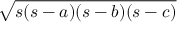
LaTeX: \sqrt { s ( s - a ) ( s - b ) ( s - c ) }